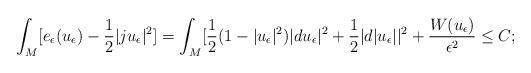
LaTeX: \begin{align*}\int_M[e_{\epsilon}(u_{\epsilon})-\frac{1}{2}|ju_{\epsilon}|^2]=\int_M[\frac{1}{2}(1-|u_{\epsilon}|^2)|du_{\epsilon}|^2+\frac{1}{2}|d|u_{\epsilon}||^2+\frac{W(u_{\epsilon})}{\epsilon^2}\leq C;\end{align*}